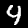
Label: 4